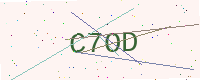
Text: C7OD